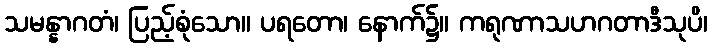
သမန္နာဂတံ၊ ပြည့်စုံသော။ ပရတော၊ နောက်၌။ ကရုဏာသဟဂတာဒီသုပိ၊